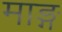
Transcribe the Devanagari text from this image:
माङ्ग